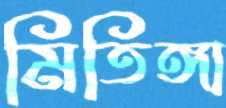
মিতিঙ্গা